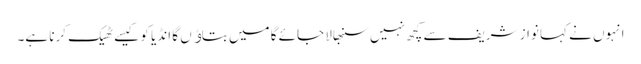
انہوں نے کہا نواز شریف سے کچھ نہیں سنبھالا جائے گا میں بتاﺅں گا انڈیا کو کیسے ٹھیک کرنا ہے۔